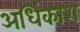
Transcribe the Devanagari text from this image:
अधिंकाश